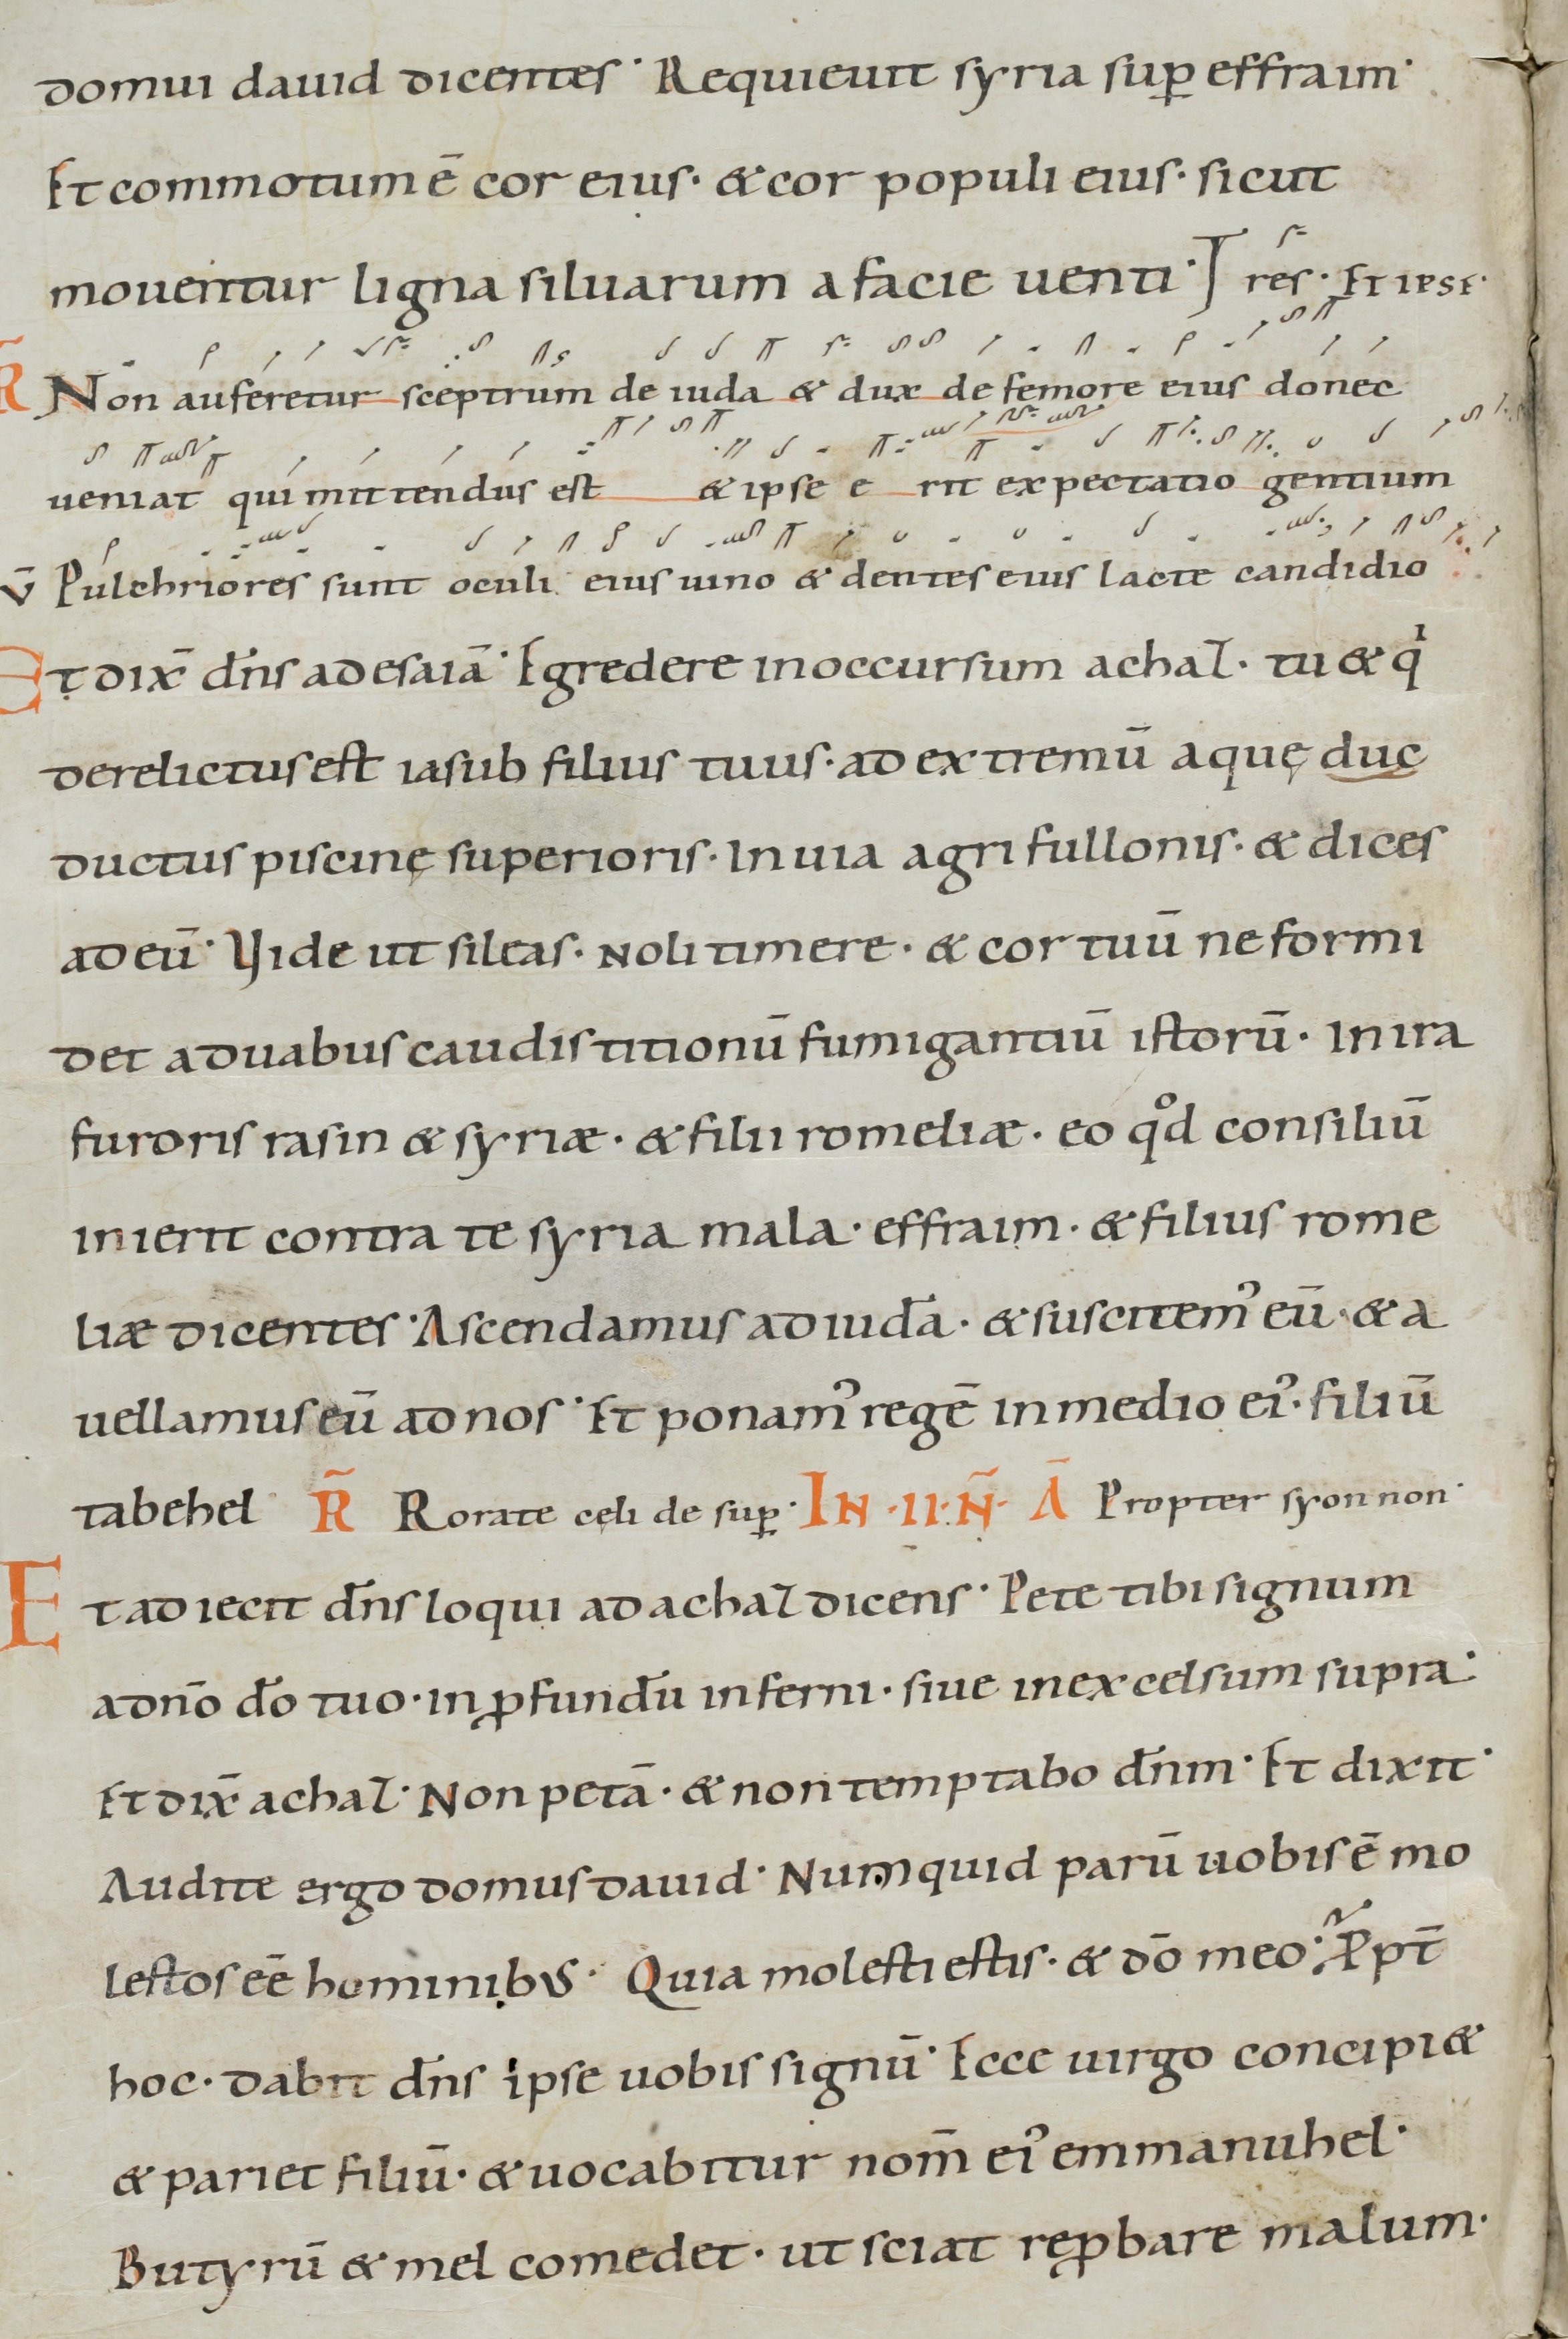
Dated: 1000–1099